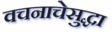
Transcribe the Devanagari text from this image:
वचनाचेसुद्धा